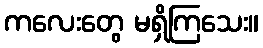
ကလေးတွေ မရှိကြသေး။